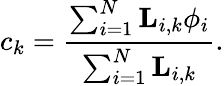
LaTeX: c_{k}=\frac{\sum_{i=1}^{N}{\mathbf L}_{i,k}\phi_{i}}{\sum_{i=1}^{N}{\mathbf L}_{i,k}}.